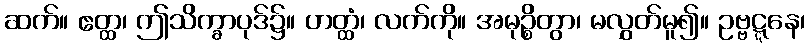
ဆက်။ ဧတ္ထ၊ ဤသိက္ခာပုဒ်၌။ ဟတ္ထံ၊ လက်ကို။ အမုဉ္စိတွာ၊ မလွှတ်မူ၍။ ဥဗ္ဗဋ္ဋနေ၊